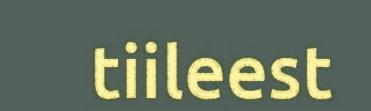
tiileest